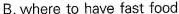
B. where to have fast food